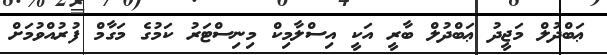
ޢަބްދުލް މަޖީދު ޢަބްދުލް ބާރީ އަކީ އިސްލާމިކް މިނިސްޓަރު ކަމުގެ މަގާމް ފުރުއްވުމަށް